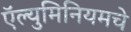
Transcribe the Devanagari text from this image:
ऍल्युमिनियमचे